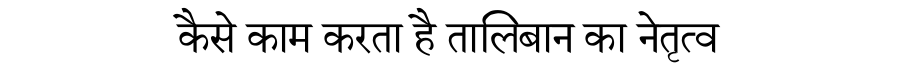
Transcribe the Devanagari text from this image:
कैसे काम करता है तालिबान का नेतृत्व